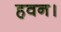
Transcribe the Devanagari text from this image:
हवन।